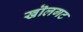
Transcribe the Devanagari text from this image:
खॊलगट